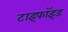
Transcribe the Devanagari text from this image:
टाइफॉइड